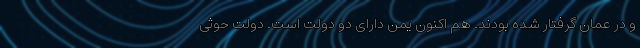
و در عمان گرفتار شده بودند. هم اکنون یمن دارای دو دولت است. دولت حوثی